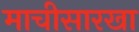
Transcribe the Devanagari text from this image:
माचीसारखा